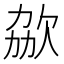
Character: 𣢩